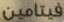
فيتامين